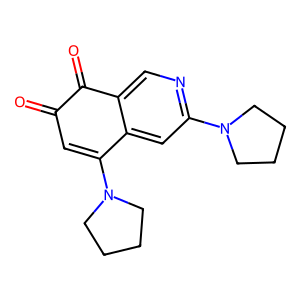
SMILES: O=C1C=C(N2CCCC2)c2cc(N3CCCC3)ncc2C1=O
Inhibits HIV replication: No